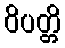
ဝိပတ္တိ